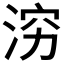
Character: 𪶉